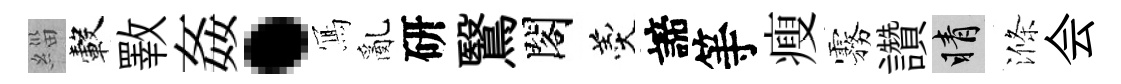
緇轂斁姦·𭂁亂研鷖閣羹諦等瘦霧讚睛滌会